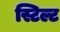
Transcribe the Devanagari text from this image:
स्टिल्ट